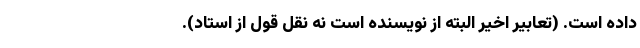
داده است. (تعابیر اخیر البته از نویسنده است نه نقل قول از استاد).